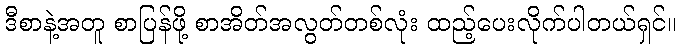
ဒီစာနဲ့အတူ စာပြန်ဖို့ စာအိတ်အလွတ်တစ်လုံး ထည့်ပေးလိုက်ပါတယ်ရှင်။